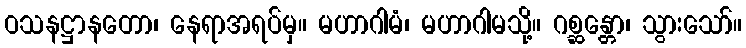
ဝသနဋ္ဌာနတော၊ နေရာအရပ်မှ။ မဟာဂါမံ၊ မဟာဂါမသို့။ ဂစ္ဆန္တော၊ သွားသော်။